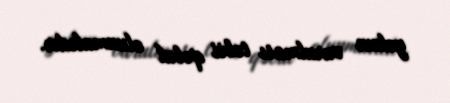
yekun vurulması təbii qəbul olunmalıdır.